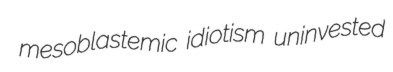
mesoblastemic idiotism uninvested